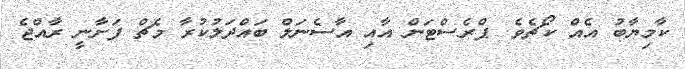
ކާމިޔާބު އެއް ކޯޗެވެ. ޕްރެސްޓަން އާއި އާސެނަލް ބައްދަލުކުރާ މެޗް ފަށާނީ ރާއްޖެ